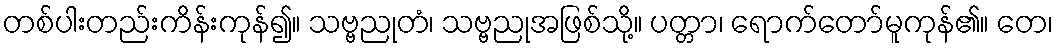
တစ်ပါးတည်းကိန်းကုန်၍။ သဗ္ဗညုတံ၊ သဗ္ဗညုအဖြစ်သို့။ ပတ္တာ၊ ရောက်တော်မူကုန်၏။ တေ၊